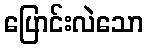
ပြောင်းလဲသော